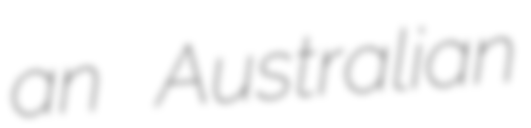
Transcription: an Australian